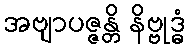
အဗျာပဇ္ဇန္တိ နိဗ္ဗုဒ္ဓံ